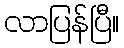
လာပြန်ပြီ။